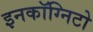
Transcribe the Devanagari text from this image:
इनकॉग्निटो